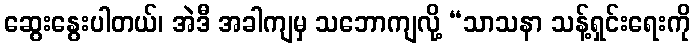
ဆွေးနွေးပါတယ်၊ အဲဒီ အခါကျမှ သဘောကျလို့ “သာသနာ သန့်ရှင်းရေးကို